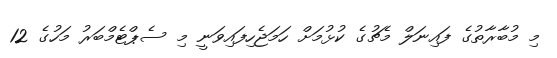
މި މުބާރާތުގެ ފައިނަލް މެޗުގެ ކުޅުމަށް ހަމަޖެހިފައިވަނީ މި ސެޕްޓެމްބަރު މަހުގެ 12